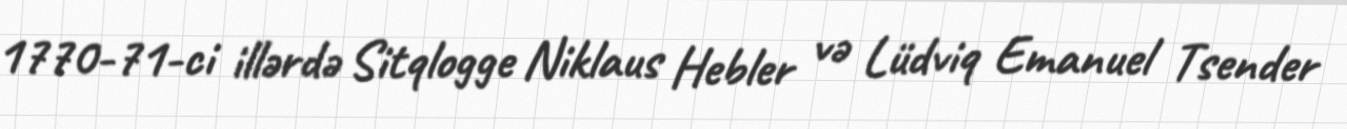
1770-71-ci illərdə Sitqlogge Niklaus Hebler və Lüdviq Emanuel Tsender